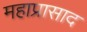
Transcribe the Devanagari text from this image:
महाप्रासाद